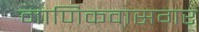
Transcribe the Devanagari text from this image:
माणिकवासगर